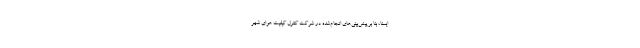
ایسنا، بنا بر پیش‌بینی‌های انجام‌شده در شرکت کنترل کیفیت هوای شهر